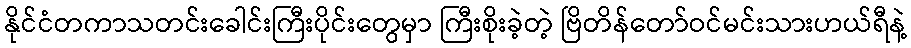
နိုင်ငံတကာသတင်းခေါင်းကြီးပိုင်းတွေမှာ ကြီးစိုးခဲ့တဲ့ ဗြိတိန်တော်ဝင်မင်းသားဟယ်ရီနဲ့